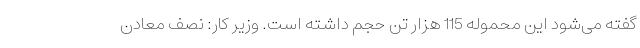
گفته می‌شود این محموله 115 هزار تن حجم داشته است. وزیر کار: نصف معادن